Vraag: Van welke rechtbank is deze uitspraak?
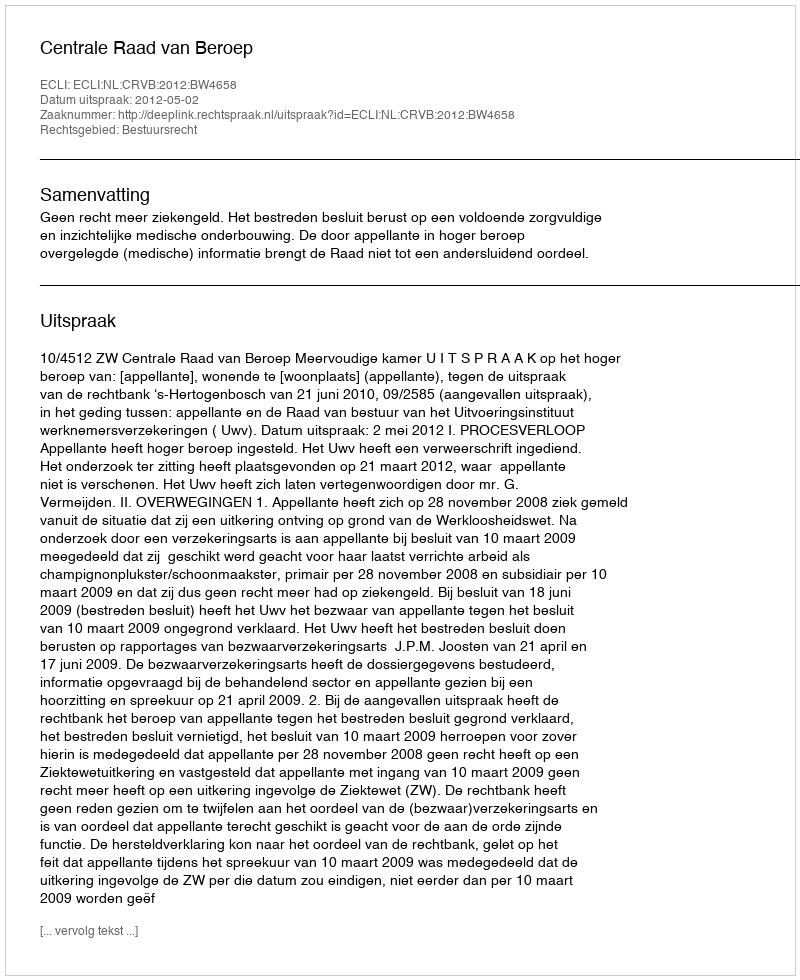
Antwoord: Centrale Raad van Beroep